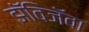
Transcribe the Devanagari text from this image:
झॅविजॅवा